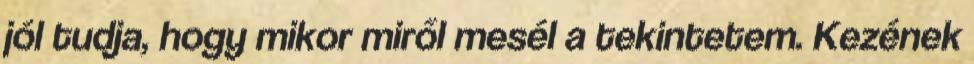
jól tudja, hogy mikor miről mesél a tekintetem. Kezének